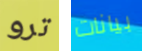
ترو بيانات